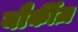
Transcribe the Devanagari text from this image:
यौर्कीज़